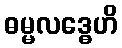
ဓမ္မလဒ္ဓေဟိ